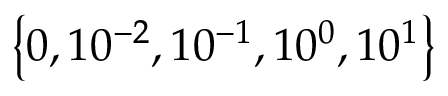
\left\{ 0 , 1 0 ^ { - 2 } , 1 0 ^ { - 1 } , 1 0 ^ { 0 } , 1 0 ^ { 1 } \right\}